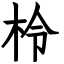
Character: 柃